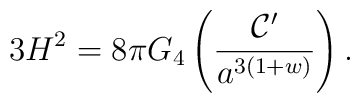
3H^2 = 8\pi G_4\left(\frac{{\cal C}'}{a^{3(1+w)}}\right).